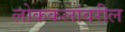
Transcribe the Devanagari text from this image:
लोककलांवरील